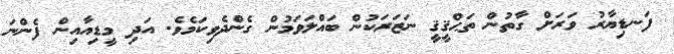
ފަނޑިޔާރު ވަރަށް ގާތުން ތަޙްޤީޤީ ނަޒަރަކުން ބައްލަވަމުން ގެންދެވިކަމެވެ. އަދި މީޑިއާއިން ފެންނަ